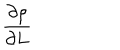
\frac { \partial \rho } { \partial L }